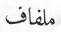
ملفاف